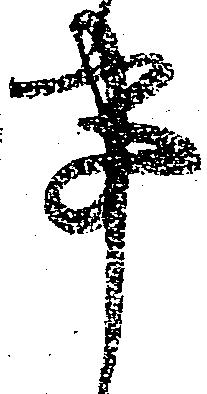
事